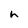
Character: h